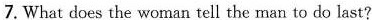
7. What does the woman tell the man to do last?